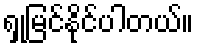
ရှုမြင်နိုင်ပါတယ်။